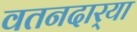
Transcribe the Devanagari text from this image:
वतनदार्‍या